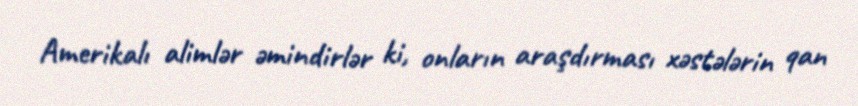
Amerikalı alimlər əmindirlər ki, onların araşdırması xəstələrin qan